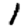
Digit: 1